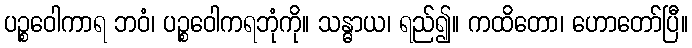
ပဉ္စဝေါကာရ ဘဝံ၊ ပဉ္စဝေါကရဘုံကို။ သန္ဓာယ၊ ရည်၍။ ကထိတော၊ ဟောတော်ပြီ။